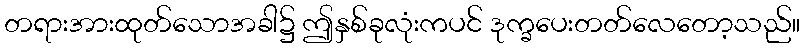
တရားအားထုတ်သောအခါ၌ ဤနှစ်ခုလုံးကပင် ဒုက္ခပေးတတ်လေတော့သည်။